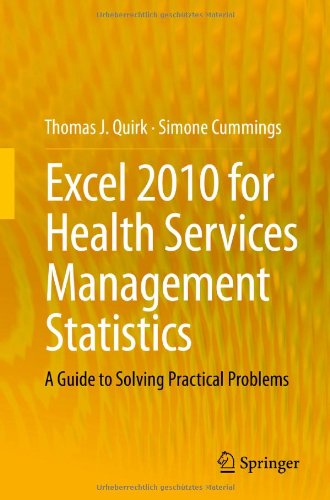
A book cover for Excel 2010 for Health Services Management Statistics: A Guide to Solving Practical Problems; Thomas J. Quirk; Medical Books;